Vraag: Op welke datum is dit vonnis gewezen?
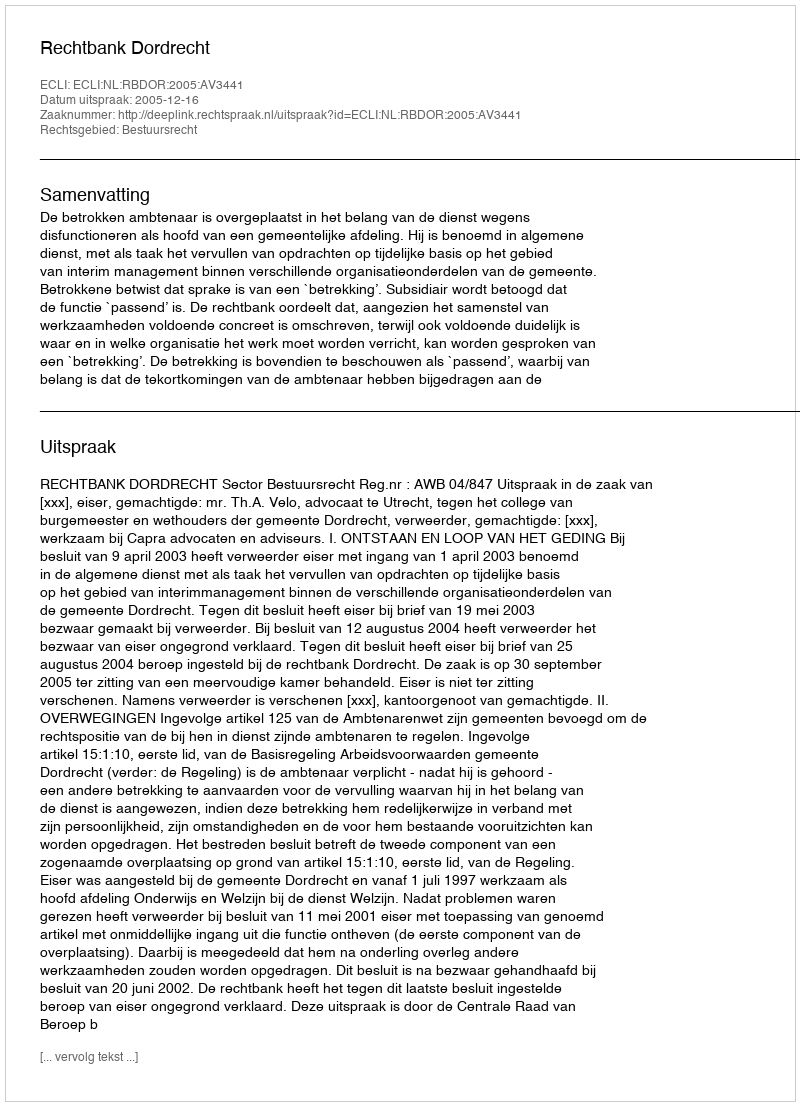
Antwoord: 2005-12-16